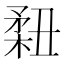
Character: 𥍳